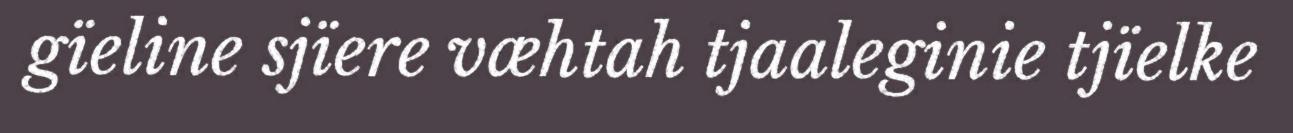
gïeline sjïere væhtah tjaaleginie tjïelke